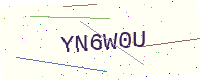
Text: YN6W0U